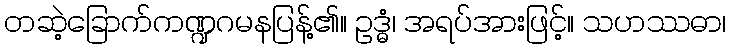
တဆဲ့ခြောက်ကဏ္ဍဂမနပြန့်၏။ ဥဒ္ဓံ၊ အရပ်အားဖြင့်။ သဟဿဓာ၊